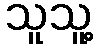
သူသူ့